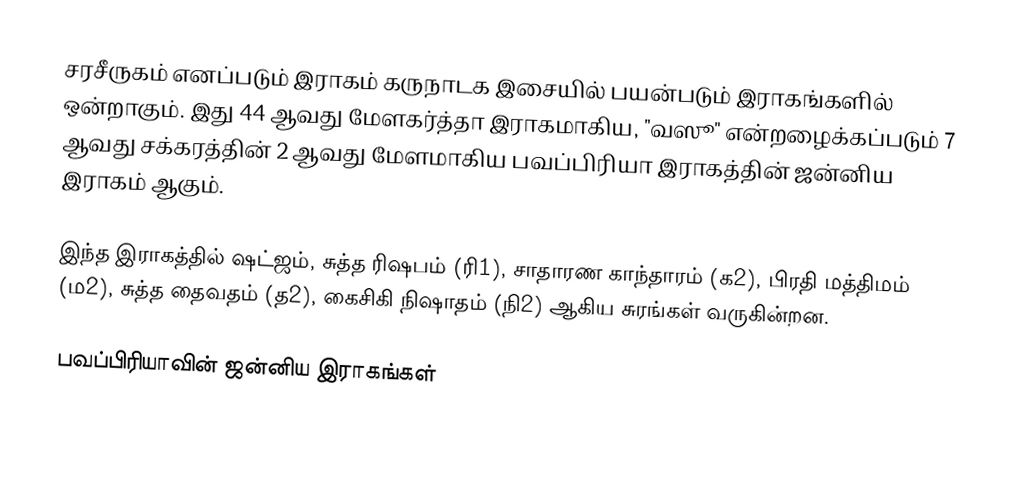
சரசீருகம் எனப்படும் இராகம் கருநாடக இசையில் பயன்படும் இராகங்களில் ஒன்றாகும். இது 44 ஆவது மேளகர்த்தா இராகமாகிய, "வஸூ" என்றழைக்கப்படும் 7 ஆவது சக்கரத்தின் 2 ஆவது மேளமாகிய பவப்பிரியா இராகத்தின் ஜன்னிய இராகம் ஆகும்.

இந்த இராகத்தில் ஷட்ஜம், சுத்த ரிஷபம் (ரி1), சாதாரண காந்தாரம் (க2), பிரதி மத்திமம் (ம2), சுத்த தைவதம் (த2), கைசிகி நிஷாதம் (நி2) ஆகிய சுரங்கள் வருகின்றன.

பவப்பிரியாவின் ஜன்னிய இராகங்கள்